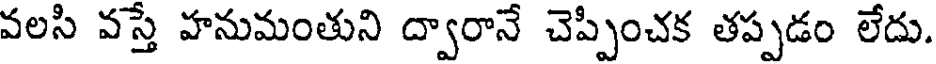
వలసి వస్తే హనుమంతుని ద్వారానే చెప్పించక తప్పడం లేదు.